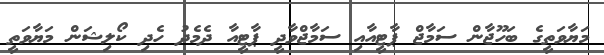
މަޔާވަތީގެ ބަހޫޖާން ސަމާޖް ޕާޓީއާއި ސަމާޖްވާދީ ޕާޓީއާ ދެމެދު ހެދި ކޯލިޝަން މަޔާވަތީ